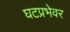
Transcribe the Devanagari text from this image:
घटप्रभेवर